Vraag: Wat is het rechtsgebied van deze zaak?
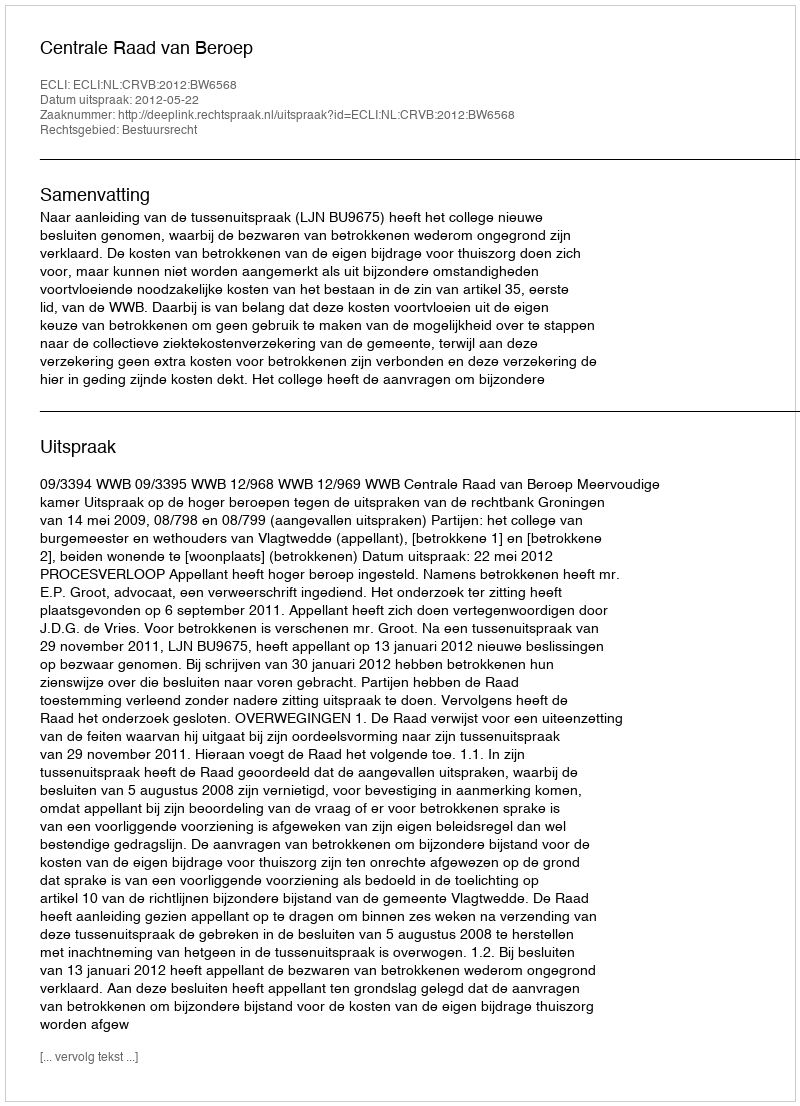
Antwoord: Bestuursrecht